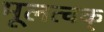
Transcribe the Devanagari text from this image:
मूलत्वक्